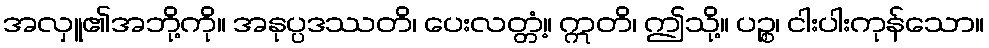
အလှူ၏အဘို့ကို။ အနုပ္ပဒဿတိ၊ ပေးလတ္တံ့။ ဣတိ၊ ဤသို့။ ပဉ္စ၊ ငါးပါးကုန်သော။